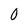
Character: 0